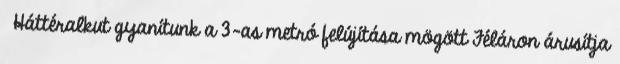
›Háttéralkut gyanítunk a 3-as metró felújítása mögött Féláron árusítja